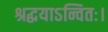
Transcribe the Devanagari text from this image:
श्रद्धयाऽन्वितः।